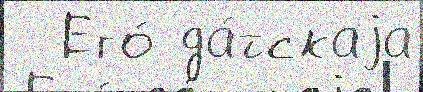
  Его́ да́тскаjа